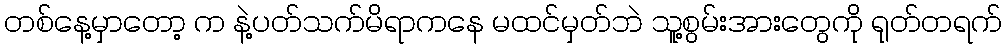
တစ်နေ့မှာတော့ က နဲ့ပတ်သက်မိရာကနေ မထင်မှတ်ဘဲ သူ့စွမ်းအားတွေကို ရုတ်တရက်